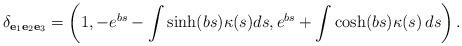
LaTeX: \begin{align*}\delta_{\mathbf{e}_{1}\mathbf{e}_{2}\mathbf{e}_{3}}=\left( 1,-e^{bs}-\int \sinh (bs)\kappa (s)ds,e^{bs}+\int \cosh (bs)\kappa(s)\,ds\right).\end{align*}